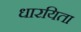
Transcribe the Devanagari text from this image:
धारयिता